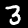
Digit: 3